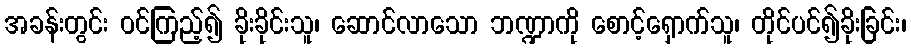
အခန်းတွင်း ဝင်ကြည့်၍ ခိုးခိုင်းသူ၊ ဆောင်လာသော ဘဏ္ဍာကို စောင့်ရှောက်သူ၊ တိုင်ပင်၍ခိုးခြင်း၊